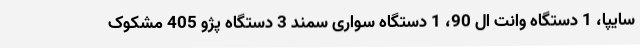
سایپا، 1 دستگاه وانت ال 90، 1 دستگاه سواری سمند 3 دستگاه پژو 405 مشکوک